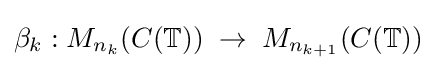
\beta _{k}:M_{n_{k}}(C(\mathbb {T} ))\;\rightarrow \;M_{n_{k+1}}(C(\mathbb {T} ))